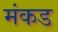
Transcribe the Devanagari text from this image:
मंकड